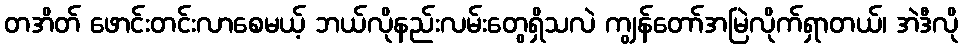
တအိတ် ဖောင်းတင်းလာစေမယ့် ဘယ်လိုနည်းလမ်းတွေရှိသလဲ ကျွန်တော်အမြဲလိုက်ရှာတယ်၊ အဲဒီလို